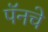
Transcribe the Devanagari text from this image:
पॅनचे